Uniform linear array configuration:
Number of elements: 16
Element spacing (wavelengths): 0.75
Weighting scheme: kaiser
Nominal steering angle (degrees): -45
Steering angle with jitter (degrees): -43.793
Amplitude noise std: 0.05
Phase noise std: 0.05

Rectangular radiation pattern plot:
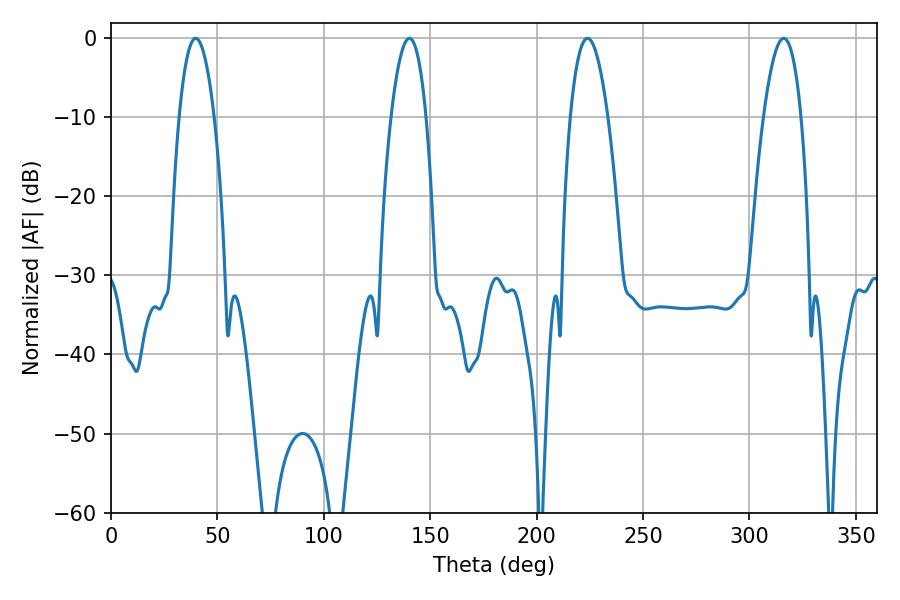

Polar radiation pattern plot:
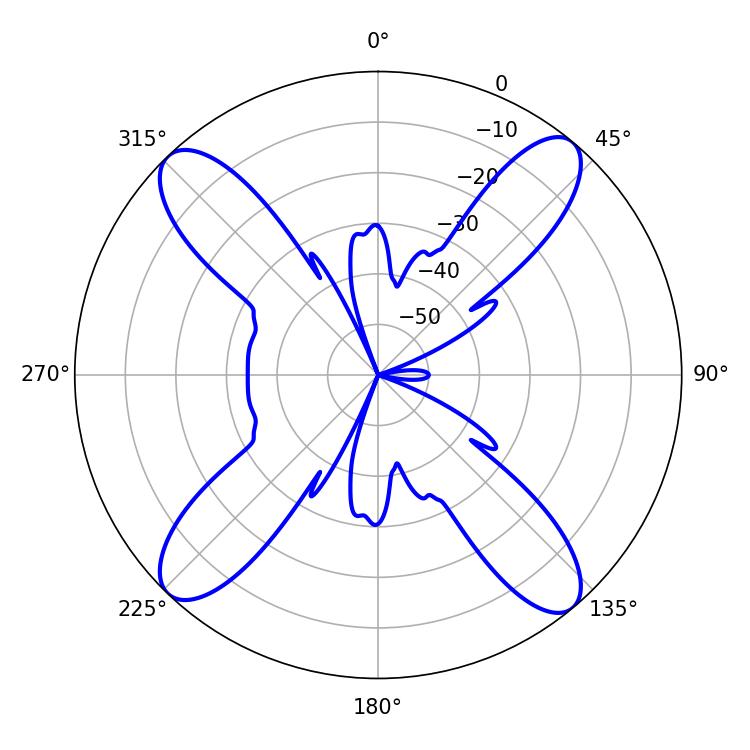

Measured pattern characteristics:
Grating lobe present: TRUE
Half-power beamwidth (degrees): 9
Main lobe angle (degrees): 39.78